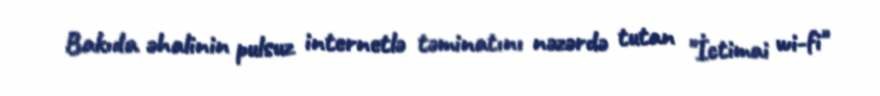
Bakıda əhalinin pulsuz internetlə təminatını nəzərdə tutan "İctimai wi-fi"